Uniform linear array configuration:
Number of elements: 8
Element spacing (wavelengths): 0.75
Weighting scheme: cosine
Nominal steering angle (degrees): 45
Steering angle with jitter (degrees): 44.482
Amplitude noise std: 0.05
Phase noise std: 0.05

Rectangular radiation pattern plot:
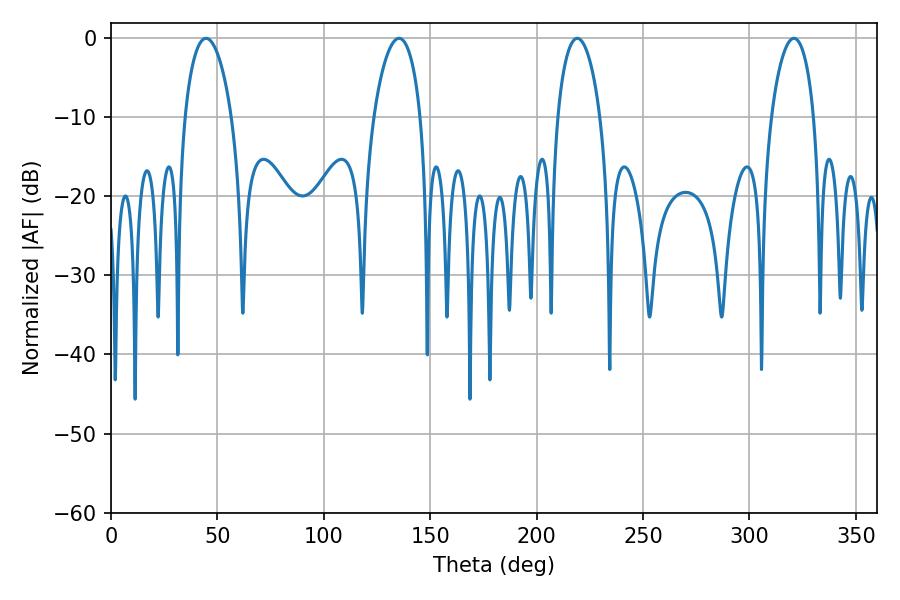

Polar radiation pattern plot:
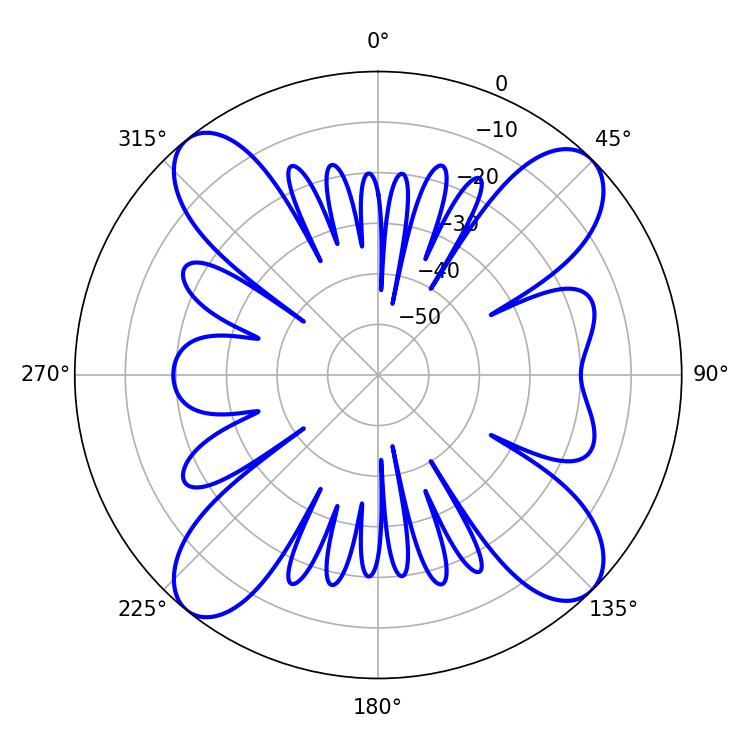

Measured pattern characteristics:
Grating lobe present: TRUE
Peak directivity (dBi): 14.839
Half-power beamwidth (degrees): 12.6
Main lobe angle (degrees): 44.64